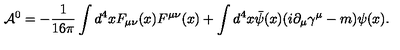
{ \cal A } ^ { 0 } = - \frac { 1 } { 1 6 \pi } \int d ^ { 4 } x F _ { \mu \nu } ( x ) F ^ { \mu \nu } ( x ) + \int d ^ { 4 } x { \bar { \psi } } ( x ) ( i \partial _ { \mu } \gamma ^ { \mu } - m ) \psi ( x ) .